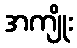
အကျိုး